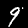
Label: 9